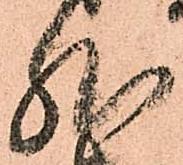
然